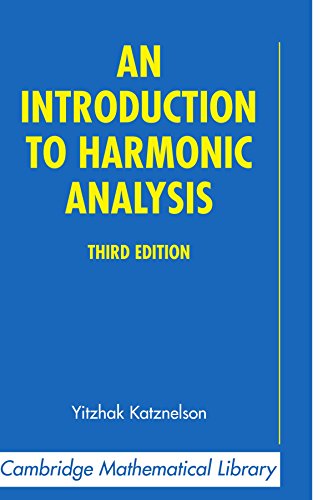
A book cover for An Introduction to Harmonic Analysis (Cambridge Mathematical Library); Yitzhak Katznelson; Science & Math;